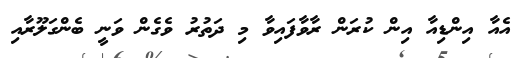
އެއާ އިންޑިއާ އިން ކުރަން ރާވާފައިވާ މި ދަތުރު ވެގެން ވަނީ ބެންގަލޫރާއި